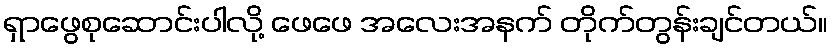
ရှာဖွေစုဆောင်းပါလို့ ဖေဖေ အလေးအနက် တိုက်တွန်းချင်တယ်။